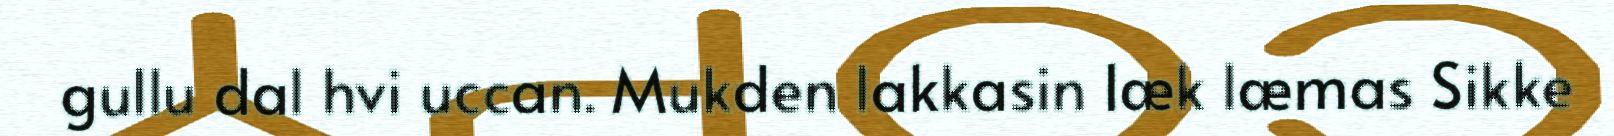
gullu dal hvi uccan. Mukden lakkasin læk læmas Sikke